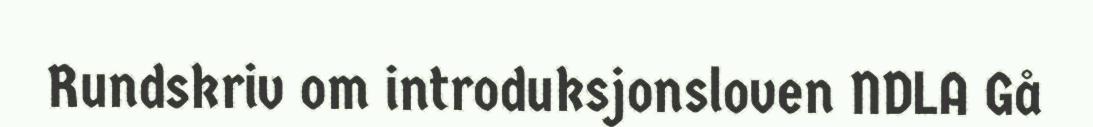
Rundskriv om introduksjonsloven NDLA Gå